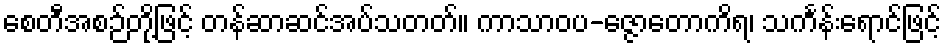
စေတီအစဉ်တို့ဖြင့် တန်ဆာဆင်အပ်သတတ်။ ကာသာဝပ-ဇ္ဇောတောကိရ၊ သင်္ကန်းရောင်ဖြင့်